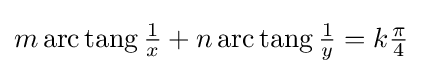
{\textstyle m\operatorname {arc\,tang} {\frac {1}{x}}+n\operatorname {arc\,tang} {\frac {1}{y}}=k{\frac {\pi }{4}}}